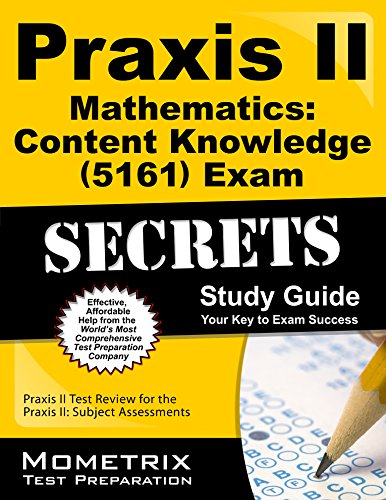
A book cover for Praxis II Mathematics: Content Knowledge (5161) Exam Secrets Study Guide: Praxis II Test Review for the Praxis II: Subject Assessments; Praxis II Exam Secrets Test Prep Team; Test Preparation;